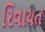
રિવાયત